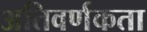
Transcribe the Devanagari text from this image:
अतिवर्णकता